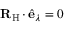
{ \mathbf { R } } _ { \mathrm { H } } \, { \boldsymbol { \cdot } } \, \hat { \mathbf { e } } _ { \lambda } = 0